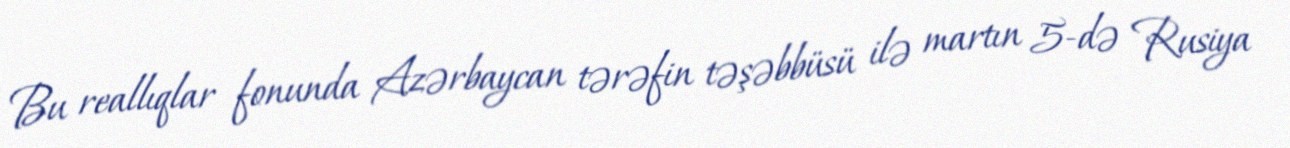
Bu reallıqlar fonunda Azərbaycan tərəfin təşəbbüsü ilə martın 5-də Rusiya